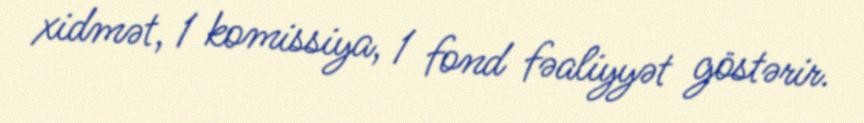
xidmət, 1 komissiya, 1 fond fəaliyyət göstərir.